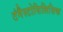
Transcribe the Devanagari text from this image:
टंगैस्टोसिलिसिक